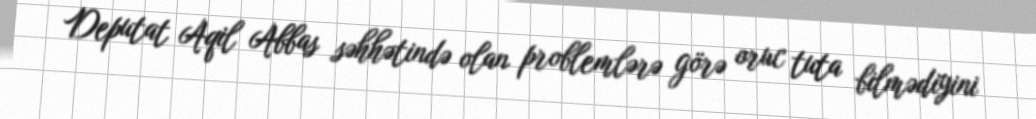
Deputat Aqil Abbas səhhətində olan problemlərə görə oruc tuta bilmədiyini